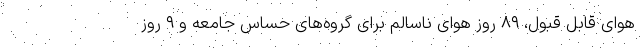
هوای قابل قبول، ۸۹ روز هوای ناسالم برای گروه‌های حساس جامعه و ۹ روز